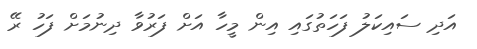
އަދި ސައިކަލު ފަހަތުގައި އިން މީހާ އަށް ފަރުވާ ދިނުމަށް ފަހު ރޭ